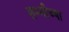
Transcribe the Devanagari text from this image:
शम्मीच्या